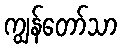
ကျွန်တော်သာ